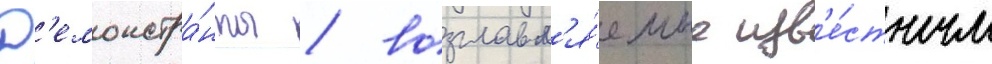
Д'емонстра́нты / возглавл'я́емые изв'е́стным